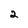
Character: 2